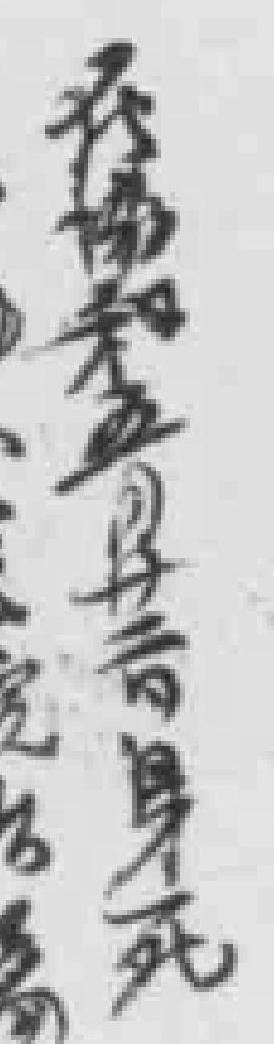
在協和五月廿二日身死